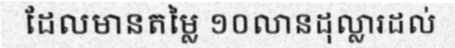
ដែលមានតម្លៃ ១០លានដុល្លារដល់